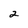
Character: 2